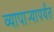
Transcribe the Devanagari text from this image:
व्यापाऱ्यापर्यंत